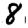
Digit: 8